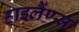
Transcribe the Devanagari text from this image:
हाइलैंण्स